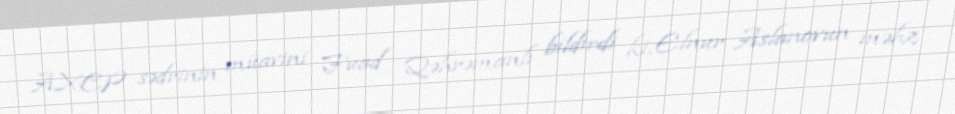
AXCP sədrinin müavini Fuad Qəhrəmanlı bildirdi ki, Elnur Aslanovun məhz